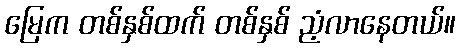
မြေက တစ်နှစ်ထက် တစ်နှစ် ညံ့လာနေတယ်။